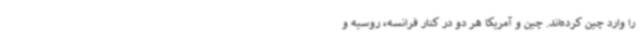
را وارد چین کرده‌اند. چین و آمریکا هر دو در کنار فرانسه، روسیه و